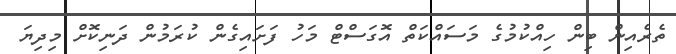
ތެރެއިން ބިން ހިއްކުމުގެ މަސައްކަތް އޮގަސްޓް މަހު ފަށައިގެން ކުރަމުން ދަނިކޮށް މިދިޔަ